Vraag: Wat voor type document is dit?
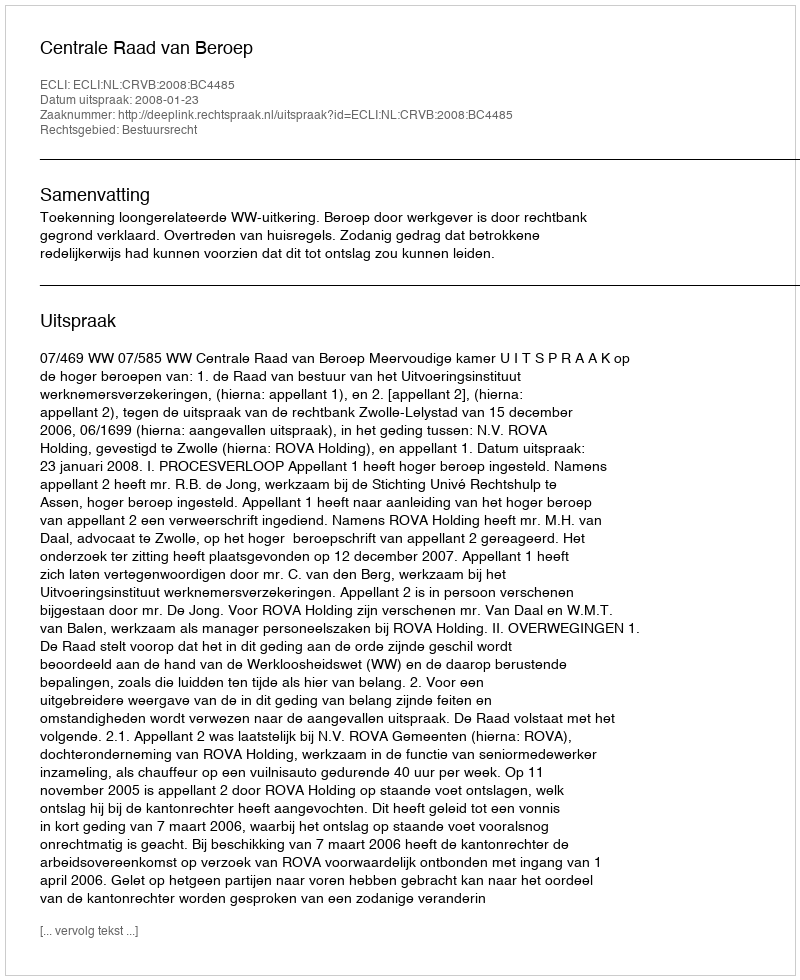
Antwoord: Uitspraak